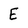
Character: E